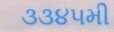
૩૩૪૫મી